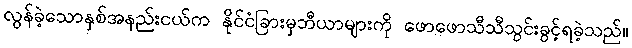
လွန်ခဲ့သောနှစ်အနည်းငယ်က နိုင်ငံခြားမှဘီယာများကို ဖောဖောသီသီသွင်းခွင့်ရခဲ့သည်။